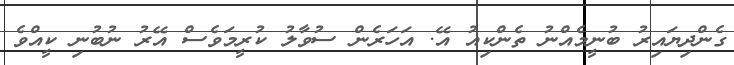
ގެންދިޔައިރު ބުނީމެއްނު ތެންކިއު އޭ. އަހަރެން ސުވާލު ކުރީމަވެސް އޭރު ނުބުނި ކީއްވެ